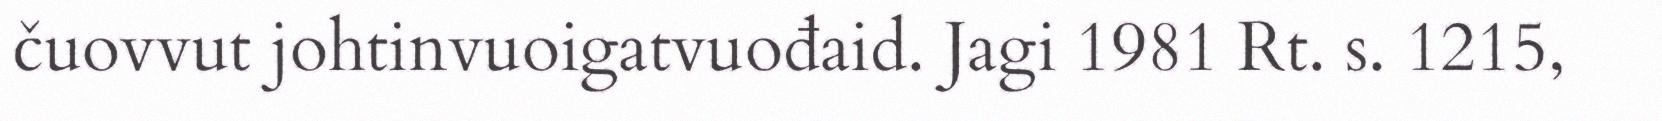
čuovvut johtinvuoigatvuođaid. Jagi 1981 Rt. s. 1215,